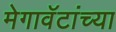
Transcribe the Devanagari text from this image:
मेगावॅटांच्या